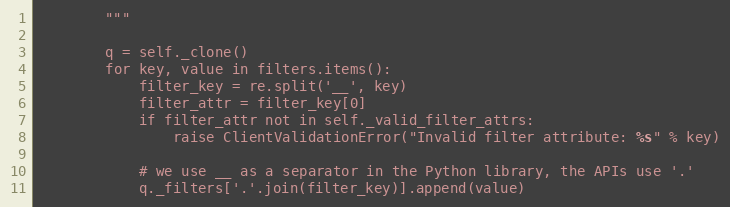
Language: Python
        """

        q = self._clone()
        for key, value in filters.items():
            filter_key = re.split('__', key)
            filter_attr = filter_key[0]
            if filter_attr not in self._valid_filter_attrs:
                raise ClientValidationError("Invalid filter attribute: %s" % key)

            # we use __ as a separator in the Python library, the APIs use '.'
            q._filters['.'.join(filter_key)].append(value)